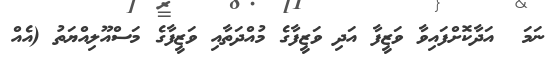
ނަމަ  އަދާކޮށްފައިވާ ވަޒީފާ އަދި ވަޒީފާގެ މުއްދަތާއި ވަޒީފާގެ މަސްއޫލިއްޔަތު (އެއް